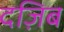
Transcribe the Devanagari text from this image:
दज़िब